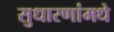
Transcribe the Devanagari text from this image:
सुधारणांमधे